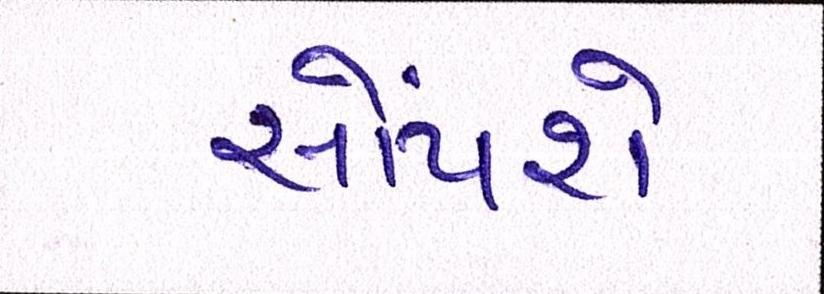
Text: સોંપશે